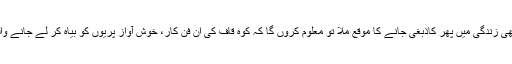
میں نے بھی ہاتھ ہلایا اور سوچا کہ کبھی زندگی میں پھر کاذبغی جانے کا موقع ملا تو معلوم کروں گا کہ کوہ قاف کی ان فن کار، خوش آواز پریوں کو بیاہ کر لے جانے والے شہزادے انہیں کہاں لے گءے ہیں۔